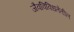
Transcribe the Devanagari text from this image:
जैवविविधतेतील